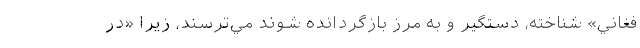
فغاني» شناخته، دستگير و به مرز بازگردانده شوند مي‌ترسند، زيرا «در